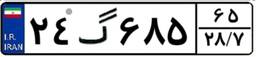
۹۵گ۸۷۰۴۹